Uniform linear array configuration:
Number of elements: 4
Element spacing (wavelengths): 1
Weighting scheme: kaiser
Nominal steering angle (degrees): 60
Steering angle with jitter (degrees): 59.862
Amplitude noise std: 0.05
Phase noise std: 0.05

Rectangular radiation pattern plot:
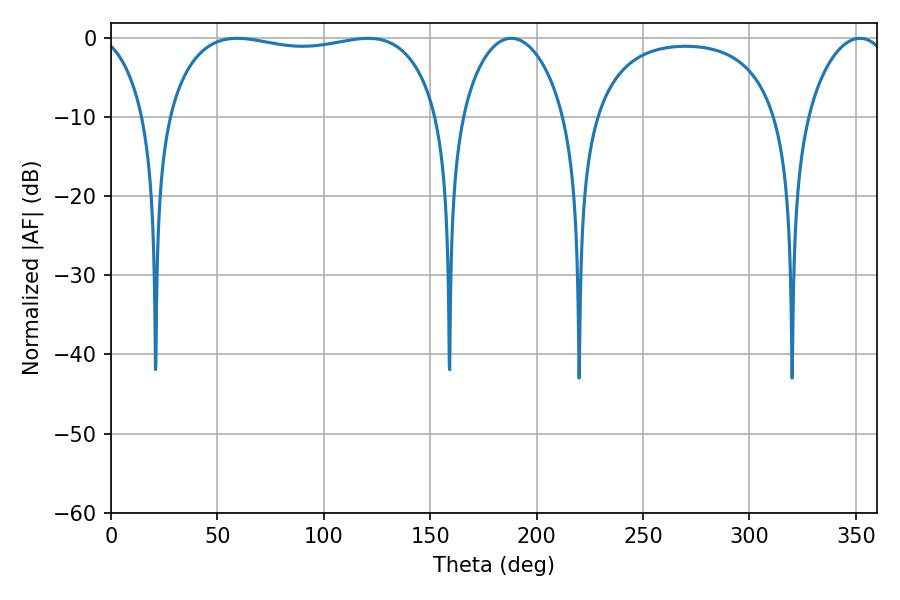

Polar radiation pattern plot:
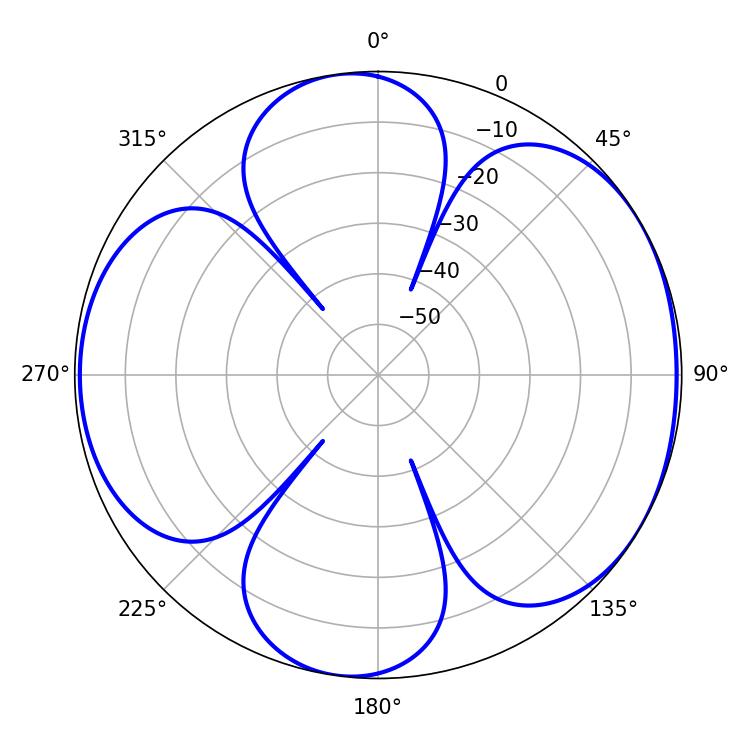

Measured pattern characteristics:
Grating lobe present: TRUE
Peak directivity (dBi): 5.717
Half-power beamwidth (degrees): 102.96
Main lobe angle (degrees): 59.22